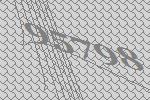
95798